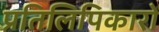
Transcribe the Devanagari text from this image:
प्रतिलिपिकारों